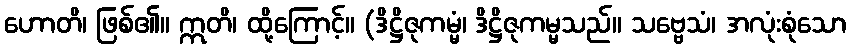
ဟောတိ၊ ဖြစ်၏။ ဣတိ၊ ထို့ကြောင့်။ (ဒိဋ္ဌိဇုကမ္မံ၊ ဒိဋ္ဌိဇုကမ္မသည်။ သဗ္ဗေသံ၊ အလုံးစုံသော